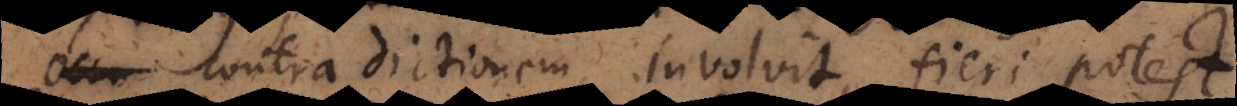
contradictionem involvit, fieri potest